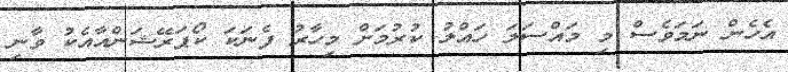
އެހެން ނަމަވެސް މި މައްސަލަ ހައްލު ކުރުމަށް މިހާރު ފެނަކަ ކޯޕަރޭޝަންއާއެކު ވާނި